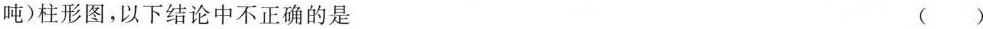
吨)柱形图，以下结论中不正确的是 ( )